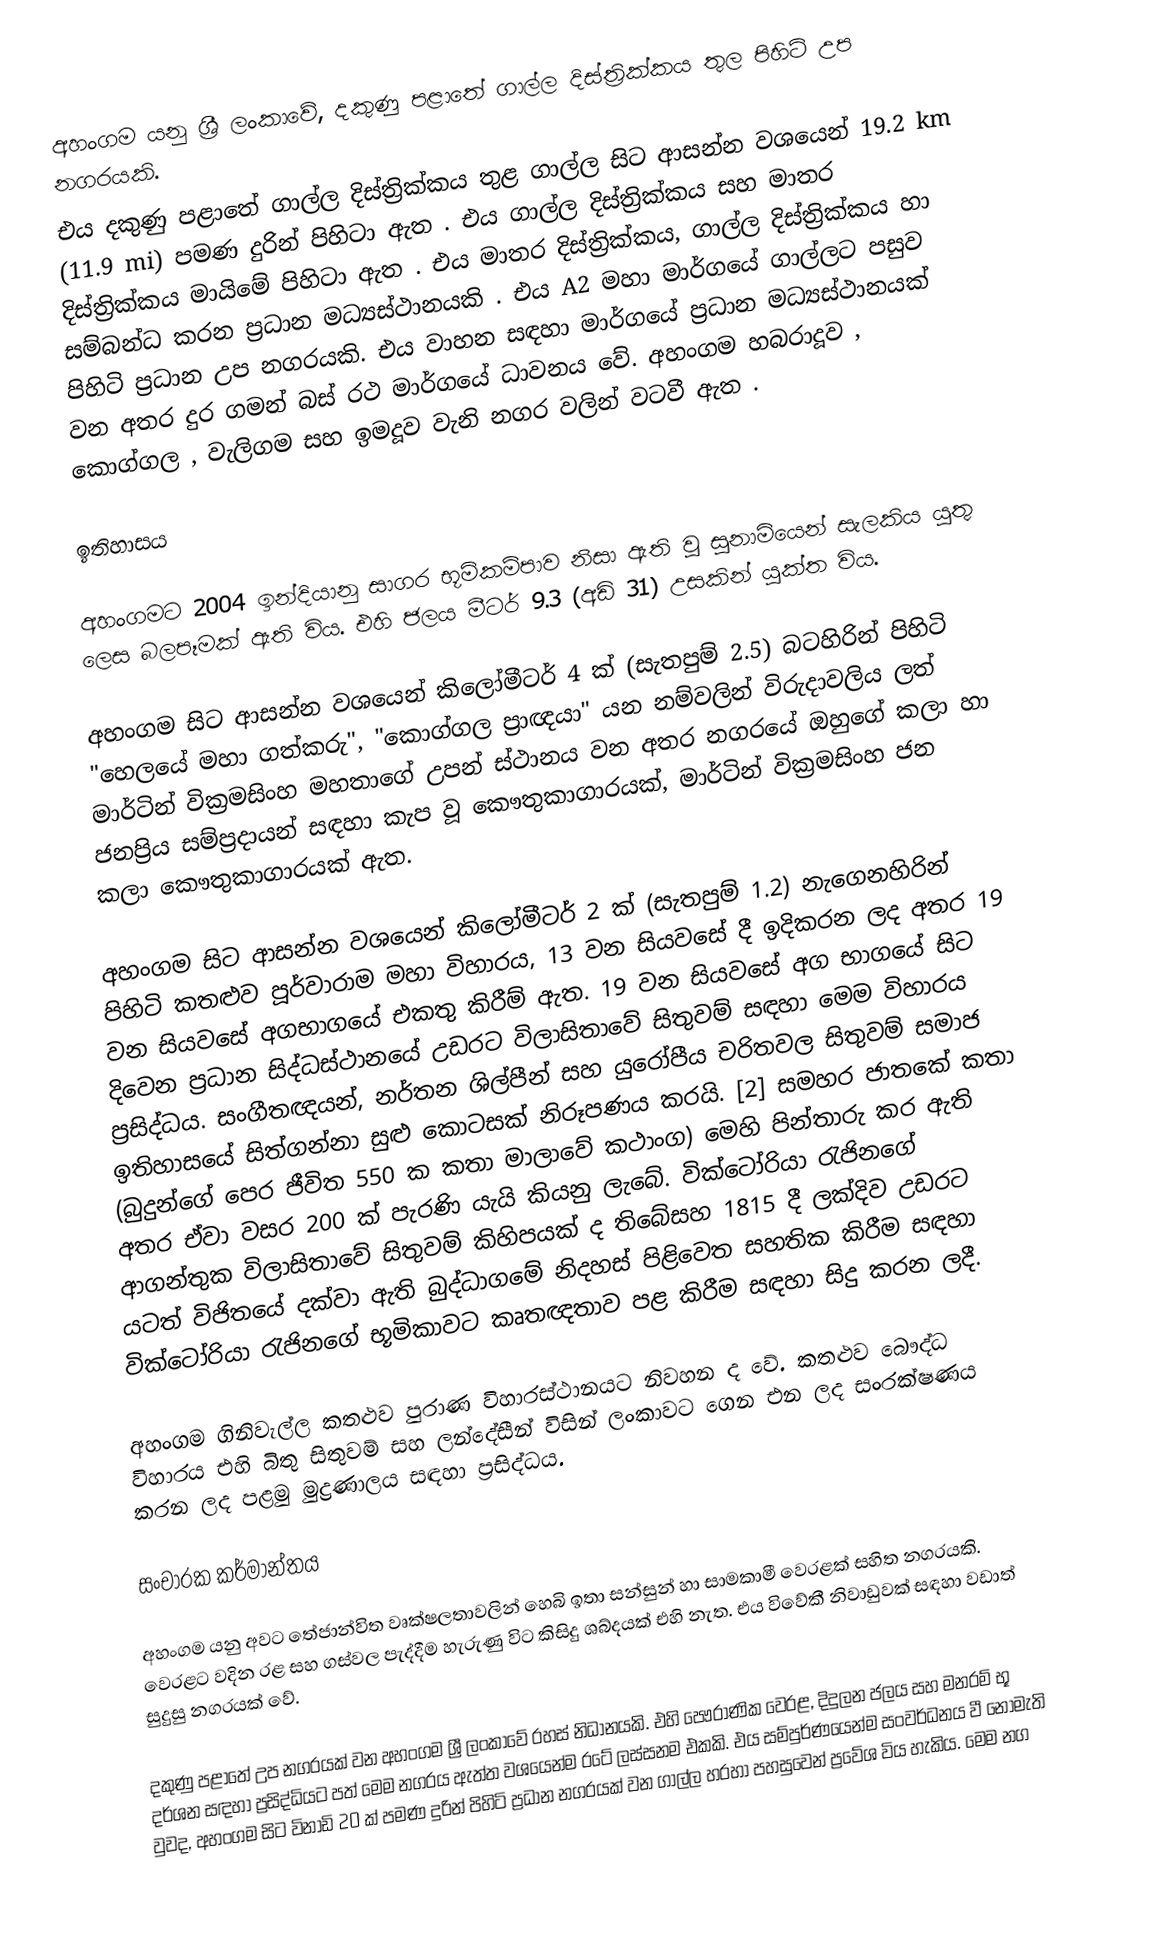
අහංගම යනු ශ්‍රී ලංකාවේ, දකුණු පළාතේ ගාල්ල දිස්ත්‍රික්කය තුල පිහිටි උප නගරයකි.
එය දකුණු පළාතේ ගාල්ල දිස්ත්‍රික්කය තුළ ගාල්ල සිට ආසන්න වශයෙන් 19.2 km (11.9 mi) පමණ දුරින් පිහිටා ඇත . එය ගාල්ල දිස්ත්‍රික්කය සහ මාතර දිස්ත්‍රික්කය මායිමේ පිහිටා ඇත . එය මාතර දිස්ත්‍රික්කය, ගාල්ල දිස්ත්‍රික්කය හා සම්බන්ධ කරන ප්‍රධාන මධ්‍යස්ථානයකි . එය A2 මහා මාර්ගයේ ගාල්ලට පසුව පිහිටි ප්‍රධාන උප නගරයකි. එය වාහන සඳහා මාර්ගයේ ප්‍රධාන මධ්‍යස්ථානයක් වන අතර දුර ගමන් බස් රථ මාර්ගයේ ධාවනය වේ. අහංගම හබරාදූව , කොග්ගල , වැලිගම සහ ඉමදූව වැනි නගර වලින් වටවී ඇත .

ඉතිහාසය

අහංගමට 2004 ඉන්දියානු සාගර භූමිකම්පාව නිසා ඇති වූ සුනාමියෙන් සැලකිය යුතු ලෙස බලපෑමක් ඇති විය. එහි ජලය මීටර් 9.3 (අඩි 31) උසකින් යුක්ත විය.

අහංගම සිට ආසන්න වශයෙන් කිලෝමීටර් 4 ක් (සැතපුම් 2.5) බටහිරින් පිහිටි "හෙලයේ මහා ගත්කරු", "කොග්ගල ප්‍රාඥයා" යන නම්වලින් විරුදාවලිය ලත්  මාර්ටින් වික්‍රමසිංහ මහතාගේ උපන් ස්ථානය වන අතර නගරයේ ඔහුගේ කලා හා ජනප්‍රිය සම්ප්‍රදායන් සඳහා කැප වූ කෞතුකාගාරයක්, මාර්ටින් වික්‍රමසිංහ ජන කලා කෞතුකාගාරයක් ඇත.

අහංගම සිට ආසන්න වශයෙන් කිලෝමීටර් 2 ක් (සැතපුම් 1.2) නැගෙනහිරින් පිහිටි කතළුව පූර්වාරාම මහා විහාරය, 13 වන සියවසේ දී ඉදිකරන ලද අතර 19 වන සියවසේ අගභාගයේ එකතු කිරීම් ඇත. 19 වන සියවසේ අග භාගයේ සිට දිවෙන ප්‍රධාන සිද්ධස්ථානයේ උඩරට විලාසිතාවේ සිතුවම් සඳහා මෙම විහාරය ප්‍රසිද්ධය. සංගීතඥයන්, නර්තන ශිල්පීන් සහ යුරෝපීය චරිතවල සිතුවම් සමාජ ඉතිහාසයේ සිත්ගන්නා සුළු කොටසක් නිරූපණය කරයි. [2] සමහර ජාතකේ කතා (බුදුන්ගේ පෙර ජීවිත 550 ක කතා මාලාවේ කථාංග) මෙහි පින්තාරු කර ඇති අතර ඒවා වසර 200 ක් පැරණි යැයි කියනු ලැබේ. වික්ටෝරියා රැජිනගේ ආගන්තුක විලාසිතාවේ සිතුවම් කිහිපයක් ද තිබේසහ 1815 දී ලක්දිව උඩරට යටත් විජිතයේ දක්වා ඇති බුද්ධාගමේ නිදහස් පිළිවෙත සහතික කිරීම සඳහා වික්ටෝරියා රැජිනගේ භූමිකාවට කෘතඥතාව පළ කිරීම සඳහා සිදු කරන ලදී.

අහංගම ගිනිවැල්ල කතළුව පුරාණ විහාරස්ථානයට නිවහන ද වේ. කතළුව බෞද්ධ විහාරය එහි බිතු සිතුවම් සහ ලන්දේසීන් විසින් ලංකාවට ගෙන එන ලද සංරක්ෂණය කරන ලද පළමු මුද්‍රණාලය සඳහා ප්‍රසිද්ධය.

සංචාරක කර්මාන්තය

අහංගම යනු අවට තේජාන්විත වෘක්ෂලතාවලින් හෙබි ඉතා සන්සුන් හා සාමකාමී වෙරළක් සහිත නගරයකි. වෙරළට වදින රළ සහ ගස්වල පැද්දීම හැරුණු විට කිසිදු ශබ්දයක් එහි නැත. එය විවේකී නිවාඩුවක් සඳහා වඩාත් සුදුසු නගරයක් වේ.

දකුණු පළාතේ උප නගරයක් වන අහංගම ශ්‍රී ලංකාවේ රහස් නිධානයකි. එහි පෞරාණික වෙරළ, දිදුලන ජලය සහ මනරම් භූ දර්ශන සඳහා ප්‍රසිද්ධියට පත් මෙම නගරය ඇත්ත වශයෙන්ම රටේ ලස්සනම එකකි. එය සම්පුර්ණයෙන්ම සංවර්ධනය වී නොමැති වුවද, අහංගම සිට විනාඩි 20 ක් පමණ දුරින් පිහිටි ප්‍රධාන නගරයක් වන ගාල්ල හරහා පහසුවෙන් ප්‍රවේශ විය හැකිය. මෙම නග